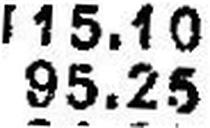
95.25